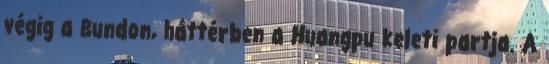
végig a Bundon, háttérben a Huangpu keleti partja. A